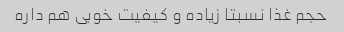
حجم غذا نسبتا زیاده و کیفیت خوبی هم داره